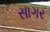
સાગર